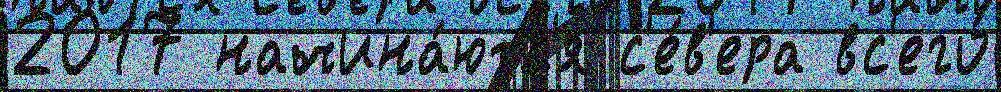
2017 начина́ютс'я с'е́в'ера вс'его́